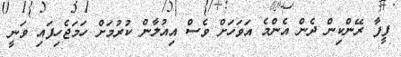
ފީފާ ރޭންކިން ދެން އެންމެ އަވަހަށް ވެސް އިއުލާން ކުރުމަށް ހަމަޖެހިފައި ވަނީ